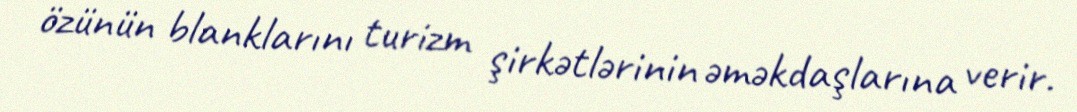
özünün blanklarını turizm şirkətlərinin əməkdaşlarına verir.